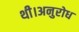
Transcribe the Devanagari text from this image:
थी।अनुरोध